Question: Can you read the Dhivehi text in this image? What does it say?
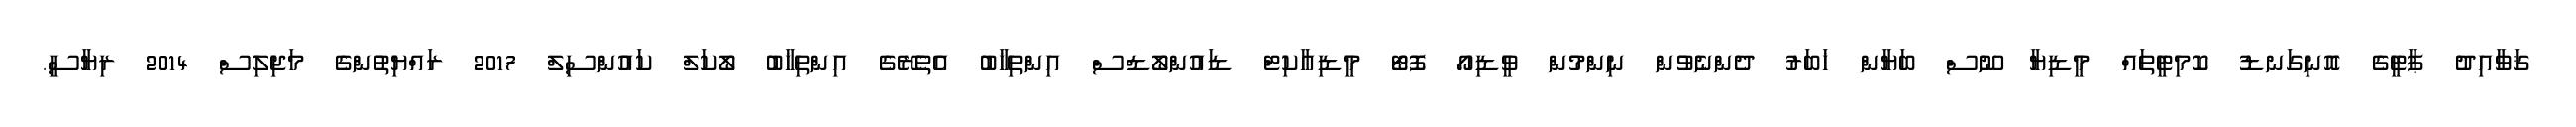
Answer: ޤަވާއިދު ޕާޓީގެ އޮނިގަނޑު ކޮމިޓީތައް މީޑިޔާ ނޫސް ބަޔާން ޚަބަރު ދެންނެވުން ނިންމުން ވީޑިއޯ ފޮޓޯ މީޑިއާކިޓް ޑައުންލޯޑްސް އިންތިޚާބު އެތެރޭގެ އިންތިޚާބު ލޯކަލް ކައުންސިލް 2017 ރައްޔިތުންގެ މަޖިލިސް 2014 ރިޔާސީ.